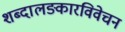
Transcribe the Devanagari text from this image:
शब्दालङ्कारविवेचन